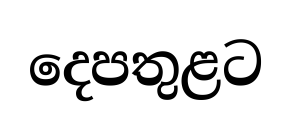
දෙපතුළට